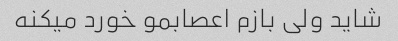
شاید ولی بازم اعصابمو خورد میکنه